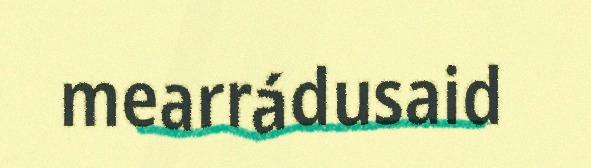
mearrádusaid